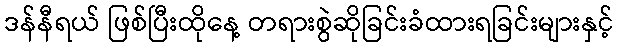
ဒန်နီရယ် ဖြစ်ပြီးထိုနေ့ တရားစွဲဆိုခြင်းခံထားရခြင်းများနှင့်